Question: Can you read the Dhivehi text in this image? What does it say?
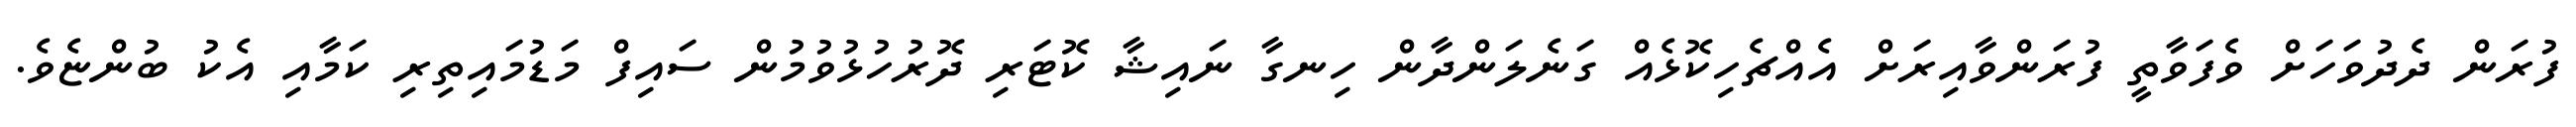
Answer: ފުރަން ދެދުވަހަށް ވެފަވާތީ ފުރަންވާއިރަށް އެއްޗެހިކޮޅެއް ގަނެލަންދާން ހިނގާ ނައިޝާ ކޮޓަރި ދޮރުހުޅުވުމުން ސައިފް މަޑުމައިތިރި ކަމާއި އެކު ބުންޏެވެ.